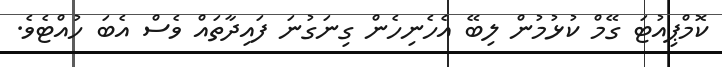
ކޮމްޕިއުޓަ ގޭމް ކުޅުމުން ލިބޭ އެހެނިހެން ގިނަގުނަ ފައިދާތައް ވެސް އެބަ ހުއްޓެވެ.